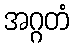
အဂ္ဂတံ